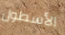
الأسطول